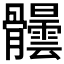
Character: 𩪺